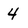
Character: 4